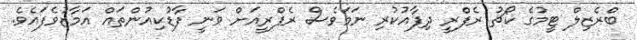
ބްރެޒިލް ޓީމުގެ ކޯޗު ރެފްރީ ދިފާއުކުރި ނަމަވެސް ރެފްރީއަށް ވަނީ ފާޑުކިއުންތައް އަމާޒުވެފައެވެ.